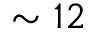
\sim 1 2